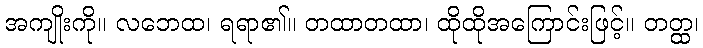
အကျိုးကို။ လဘေထ၊ ရရာ၏။ တထာတထာ၊ ထိုထိုအကြောင်းဖြင့်။ တတ္ထ၊